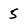
Character: 5